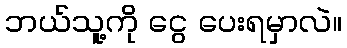
ဘယ်သူ့ကို ငွေ ပေးရမှာလဲ။